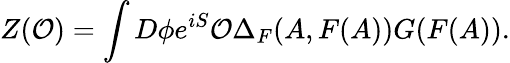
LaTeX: Z({\cal O})=\int D\phi e^{iS}{\cal O}\Delta_{F}(A,F(A))G(F(A)).